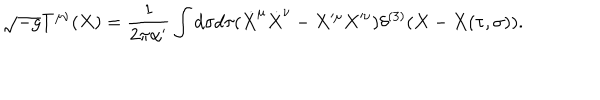
\sqrt { - g } T ^ { \mu \nu } ( X ) = \frac { 1 } { 2 \pi \alpha ^ { \prime } } \int d \sigma d \tau ( \dot { X } ^ { \mu } \dot { X } ^ { \nu } - X ^ { \mu } X ^ { \nu } ) \delta ^ { ( 3 ) } ( X - X ( \tau , \sigma ) ) .